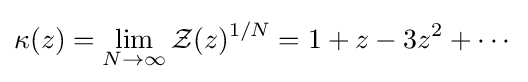
\kappa (z)=\lim _{N\rightarrow \infty }{\mathcal {Z}}(z)^{1/N}=1+z-3z^{2}+\cdots